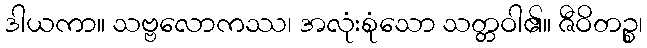
ဒါယကာ။ သဗ္ဗလောကဿ၊ အလုံးစုံသော သတ္တဝါ၏။ ဇီဝိတဉ္စ၊